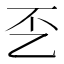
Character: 𰀲